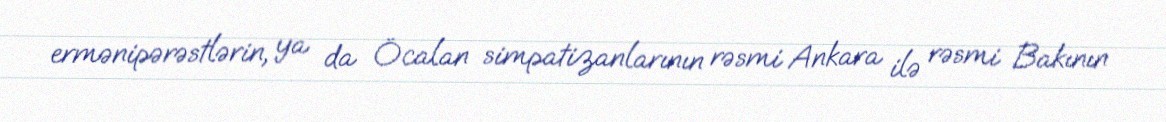
ermənipərəstlərin, ya da Öcalan simpatizanlarının rəsmi Ankara ilə rəsmi Bakının